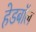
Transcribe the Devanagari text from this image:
हेडबॉल